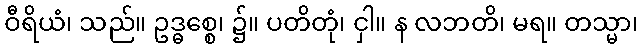
ဝီရိယံ၊ သည်။ ဥဒ္ဓစ္စေ၊ ၌။ ပတိတုံ၊ ငှါ။ န လဘတိ၊ မရ။ တသ္မာ၊